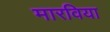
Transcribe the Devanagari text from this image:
मारविया